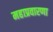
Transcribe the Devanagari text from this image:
महाप्रवारणा